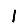
Digit: 1